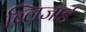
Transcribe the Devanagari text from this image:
ब्लिजार्ड